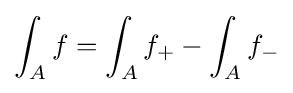
\int _{A}f=\int _{A}f_{+}-\int _{A}f_{-}